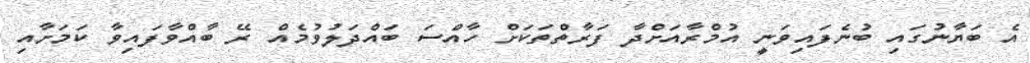
އެ ބަޔާނުގައި ބުނެފައިވަނީ އުމްރާއަށްދާ ފަރާތްތަކަށް ހާއްސަ ބައްދަލުވުމެއް ރޭ ބާއްވާފައިވާ ކަމަށާއި